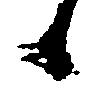
候